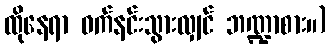
ထိုနေရာ ဝက်နင်းသွားလျှင် ဘဏ္ဍာစား။)